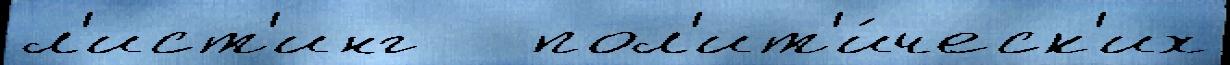
л'ист'инг   пол'ит'и́ческ'их